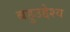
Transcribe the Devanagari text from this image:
बहुउद्देश्य